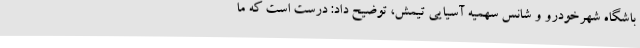
باشگاه شهرخودرو و شانس سهمیه آسیایی تیمش، توضیح داد: درست است که ما